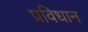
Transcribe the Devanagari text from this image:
प्रविधान